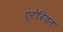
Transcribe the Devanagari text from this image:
एरोस्वित